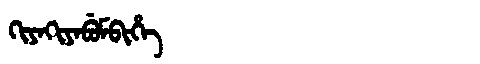
Manchu: ᡴᡳᠶᠠᡴᡳᠶᠠᠪᡠᠮᠪᡳᡥᡝ
Romanization: KIYAKIYABUMBIHE